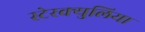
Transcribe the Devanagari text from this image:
स्टेरक्युलिया